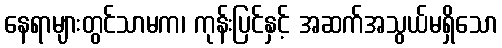
နေရာများတွင်သာမက၊ ကုန်းပြင်နှင့် အဆက်အသွယ်မရှိသော